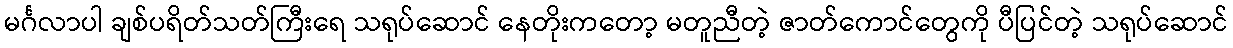
မင်္ဂလာပါ ချစ်ပရိတ်သတ်ကြီးရေ သရုပ်ဆောင် နေတိုးကတော့ မတူညီတဲ့ ဇာတ်ကောင်တွေကို ပီပြင်တဲ့ သရုပ်ဆောင်